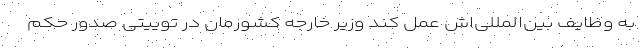
به وظایف بین‌المللی‌اش عمل کند وزیر خارجه کشورمان در توییتی صدور حکم